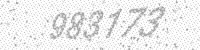
Solution: 983173